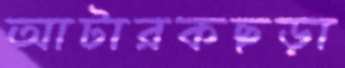
আটারকছড়া